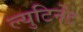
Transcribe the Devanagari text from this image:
ल्युटिनेंट